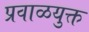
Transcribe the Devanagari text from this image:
प्रवाळयुक्त